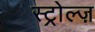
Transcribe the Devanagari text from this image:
स्ट्रोल्ज़